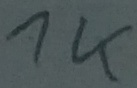
Text: 1K